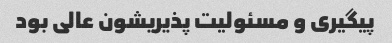
پیگیری و مسئولیت پذیریشون عالی بود